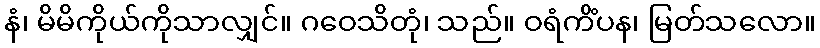
နံ၊ မိမိကိုယ်ကိုသာလျှင်။ ဂဝေသိတုံ၊ သည်။ ဝရံကိံပန၊ မြတ်သလော။